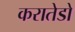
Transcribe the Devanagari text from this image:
करातेडो